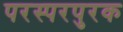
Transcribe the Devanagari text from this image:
परस्परपुरक